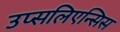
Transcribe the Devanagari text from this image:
उप्सलिएन्सिस